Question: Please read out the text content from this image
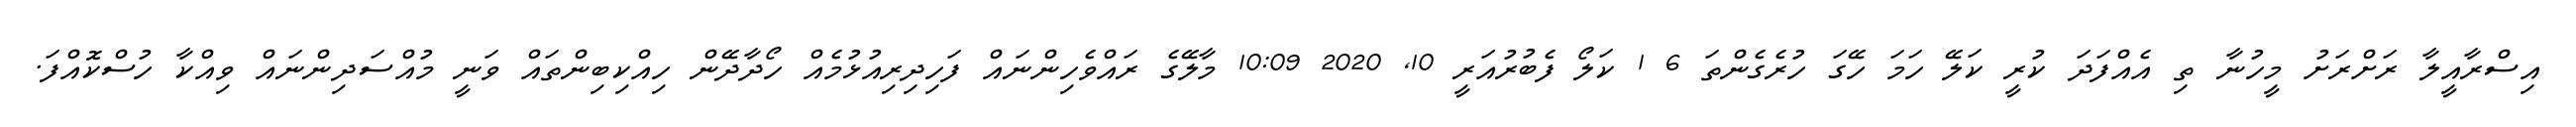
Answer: އިސްރާއީލާ ރަށްރަށު މީހުނާ ތި އެއްފަދަ ކުރީ ކަލޭ ހަމަ ހޭގަ ހުރެގެންތަ 6 1 ކަލޯ ފެބުރުއަރީ 10, 2020 10:09 މާލޭގެ ރައްވެހިންނައް ފަހިދިރިއުޅުމެއް ހޯދާދޭން ހިއްކިބިންތައް ވަނީ މުއްސަދިންނައް ވިއްކާ ހުސްކޮއްފަ.